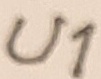
Text: U1